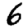
Digit: 6